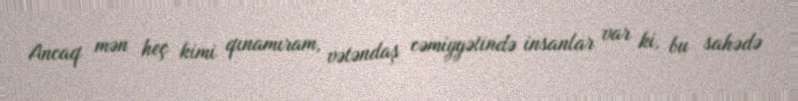
Ancaq mən heç kimi qınamıram, vətəndaş cəmiyyətində insanlar var ki, bu sahədə